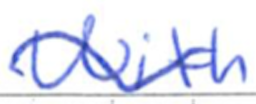
Text: With
Cross-out: mix
Writing tool: ballpoint